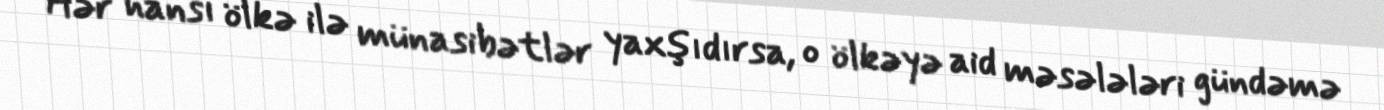
Hər hansı ölkə ilə münasibətlər yaxşıdırsa, o ölkəyə aid məsələləri gündəmə